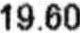
19.60